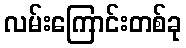
လမ်းကြောင်းတစ်ခု